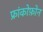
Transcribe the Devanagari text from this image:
फ्रांकोफ़ोन